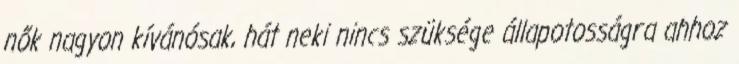
nők nagyon kívánósak, hát neki nincs szüksége állapotosságra ahhoz